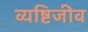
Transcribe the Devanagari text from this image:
व्यष्टिजीव